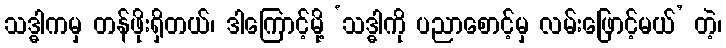
သဒ္ဓါကမှ တန်ဖိုးရှိတယ်၊ ဒါကြောင့်မို့ ‘သဒ္ဓါကို ပညာစောင့်မှ လမ်းဖြောင့်မယ်’ တဲ့၊